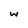
Character: w